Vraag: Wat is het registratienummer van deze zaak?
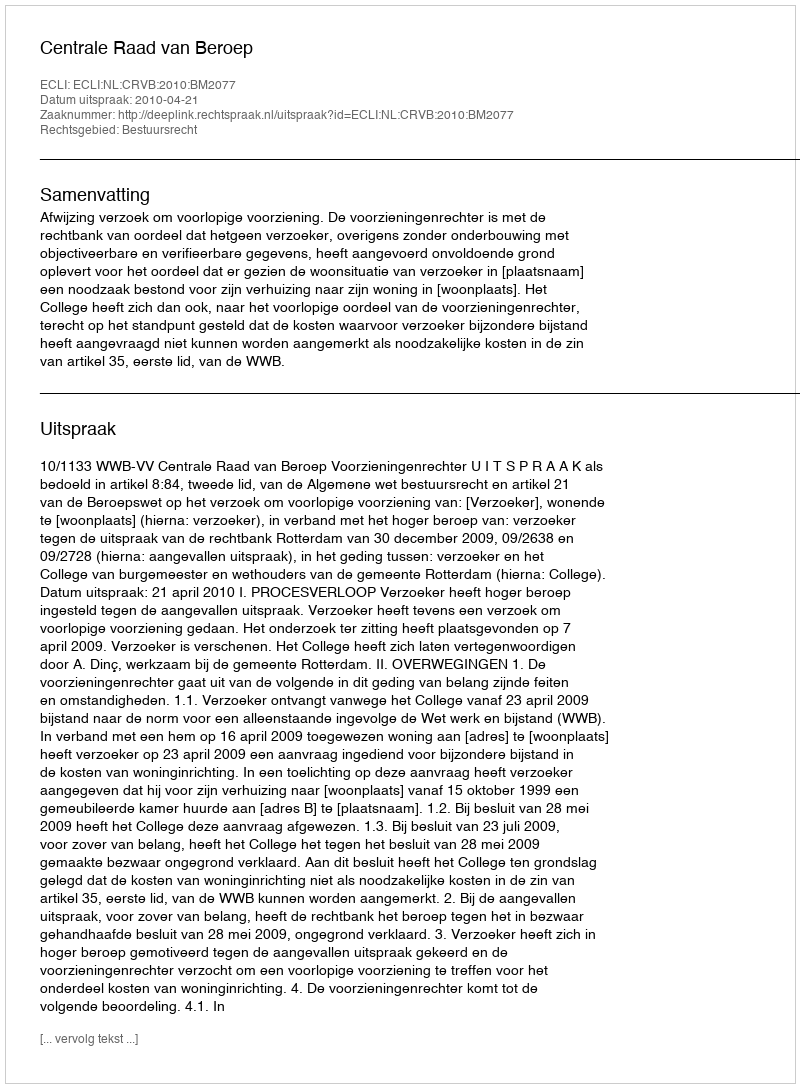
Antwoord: http://deeplink.rechtspraak.nl/uitspraak?id=ECLI:NL:CRVB:2010:BM2077